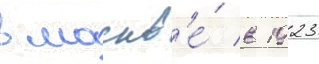
в москв'е́ в 1923